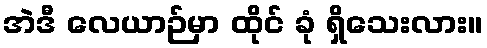
အဲဒီ လေယာဉ်မှာ ထိုင် ခုံ ရှိသေးလား။